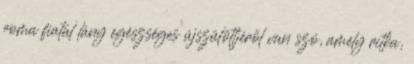
roma fiatal lány egészséges újszülöttjéről van szó, amely ritka,